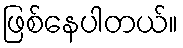
ဖြစ်နေပါတယ်။